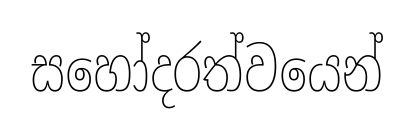
සහෝදරත්වයෙන්